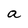
Character: a